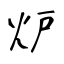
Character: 炉